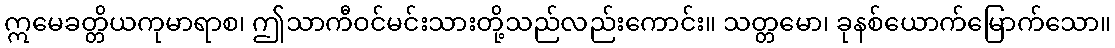
ဣမေခတ္တိယကုမာရာစ၊ ဤသာကီဝင်မင်းသားတို့သည်လည်းကောင်း။ သတ္တမော၊ ခုနစ်ယောက်မြောက်သော။